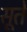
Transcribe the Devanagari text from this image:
सूतें